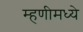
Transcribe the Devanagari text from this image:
म्हणीमध्ये